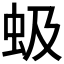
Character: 𫊩